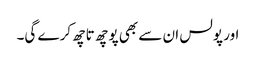
اور پولس ان سے بھی پوچھ تاچھ کرے گی۔